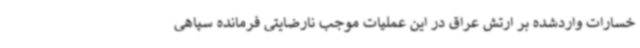
خسارات واردشده بر ارتش عراق در این عملیات موجب نارضایتی فرمانده سپاهی